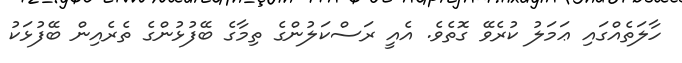
ހާލަތެއްގައި ޢަމަލު ކުރެވޭ ގޮތެވެ. އެއީ ރަސްކަލުންގެ ތިމާގެ ބޭފުޅުންގެ ތެރެއިން ބޭފުޅަކު